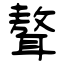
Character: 聱